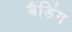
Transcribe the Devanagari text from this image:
बैडिंग